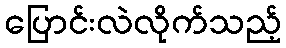
ပြောင်းလဲလိုက်သည့်